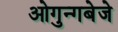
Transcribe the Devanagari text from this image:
ओगुन्गबेजे